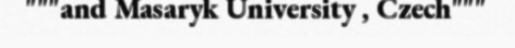
"""and Masaryk University , Czech"""